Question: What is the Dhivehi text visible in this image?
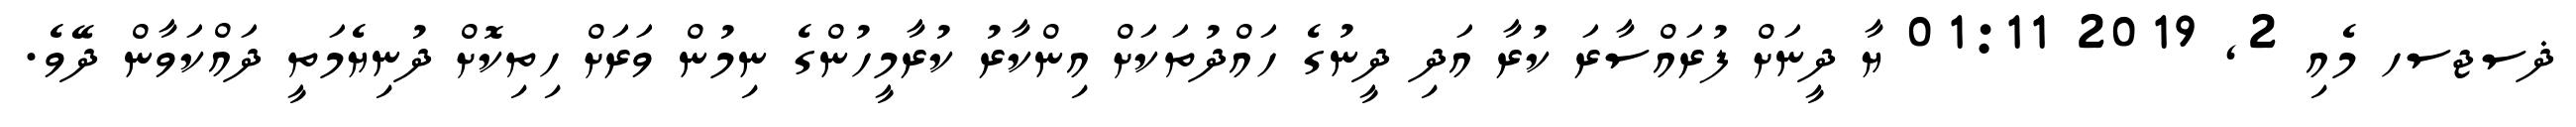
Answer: ޛސޖސހ މެއި 2, 2019 01:11 ޔާ ދީނަށް ފުރައްސާރަ ކުރާ އަދި ދީނުގެ ހައްދުތަކަށް އިންކާރު ކުރާމީހުންގެ ނިމުން ވަރަށް ހިތިކޮށް ދުނިޔެމަތީ ދައްކަވާން ދޭވެ.